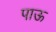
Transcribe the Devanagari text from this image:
पाऊ